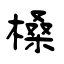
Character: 槡